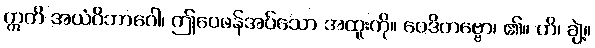
ဣတိ အယံဝိဘာဂေါ၊ ဤဝေဖန်အပ်သော အထူးကို။ ဝေဒိတဗ္ဗော၊ ၏။ ဟိ၊ ချဲ့။